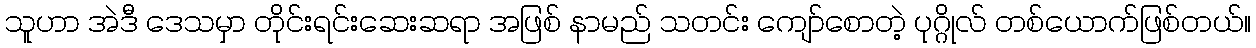
သူဟာ အဲဒီ ဒေသမှာ တိုင်းရင်းဆေးဆရာ အဖြစ် နာမည် သတင်း ကျော်စောတဲ့ ပုဂ္ဂိုလ် တစ်ယောက်ဖြစ်တယ်။